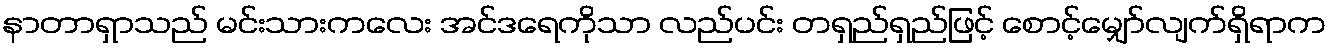
နာတာရှာသည် မင်းသားကလေး အင်ဒရေကိုသာ လည်ပင်း တရှည်ရှည်ဖြင့် စောင့်မျှော်လျက်ရှိရာက